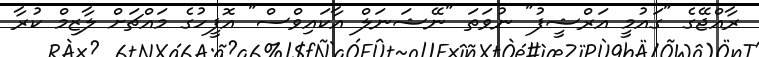
ރާއްޖޭގެ "ގައުމީ އަރްޝީފު" ނުވަތަ "ނޭޝަނަލް އާކައިވްސް" އޮފީހުގެ މައްޗަށް ލާޒިމް ކުރާ